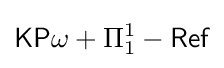
{\mathsf {KP}}\omega +\Pi _{1}^{1}-{\mathsf {Ref}}